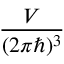
\frac { { \cal { V } } } { ( 2 \pi \hbar ) ^ { 3 } }